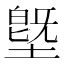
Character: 墍